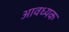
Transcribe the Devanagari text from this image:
आवध्यक